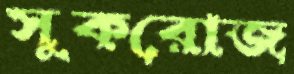
সুকরোজ